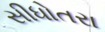
સીધોતરા